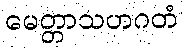
မေတ္တာသဟဂတံ